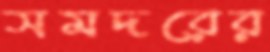
সমদরের